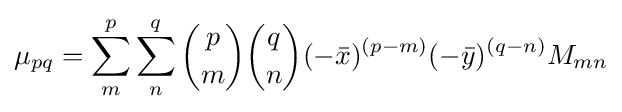
\mu _{pq}=\sum _{m}^{p}\sum _{n}^{q}{p \choose m}{q \choose n}(-{\bar {x}})^{(p-m)}(-{\bar {y}})^{(q-n)}M_{mn}